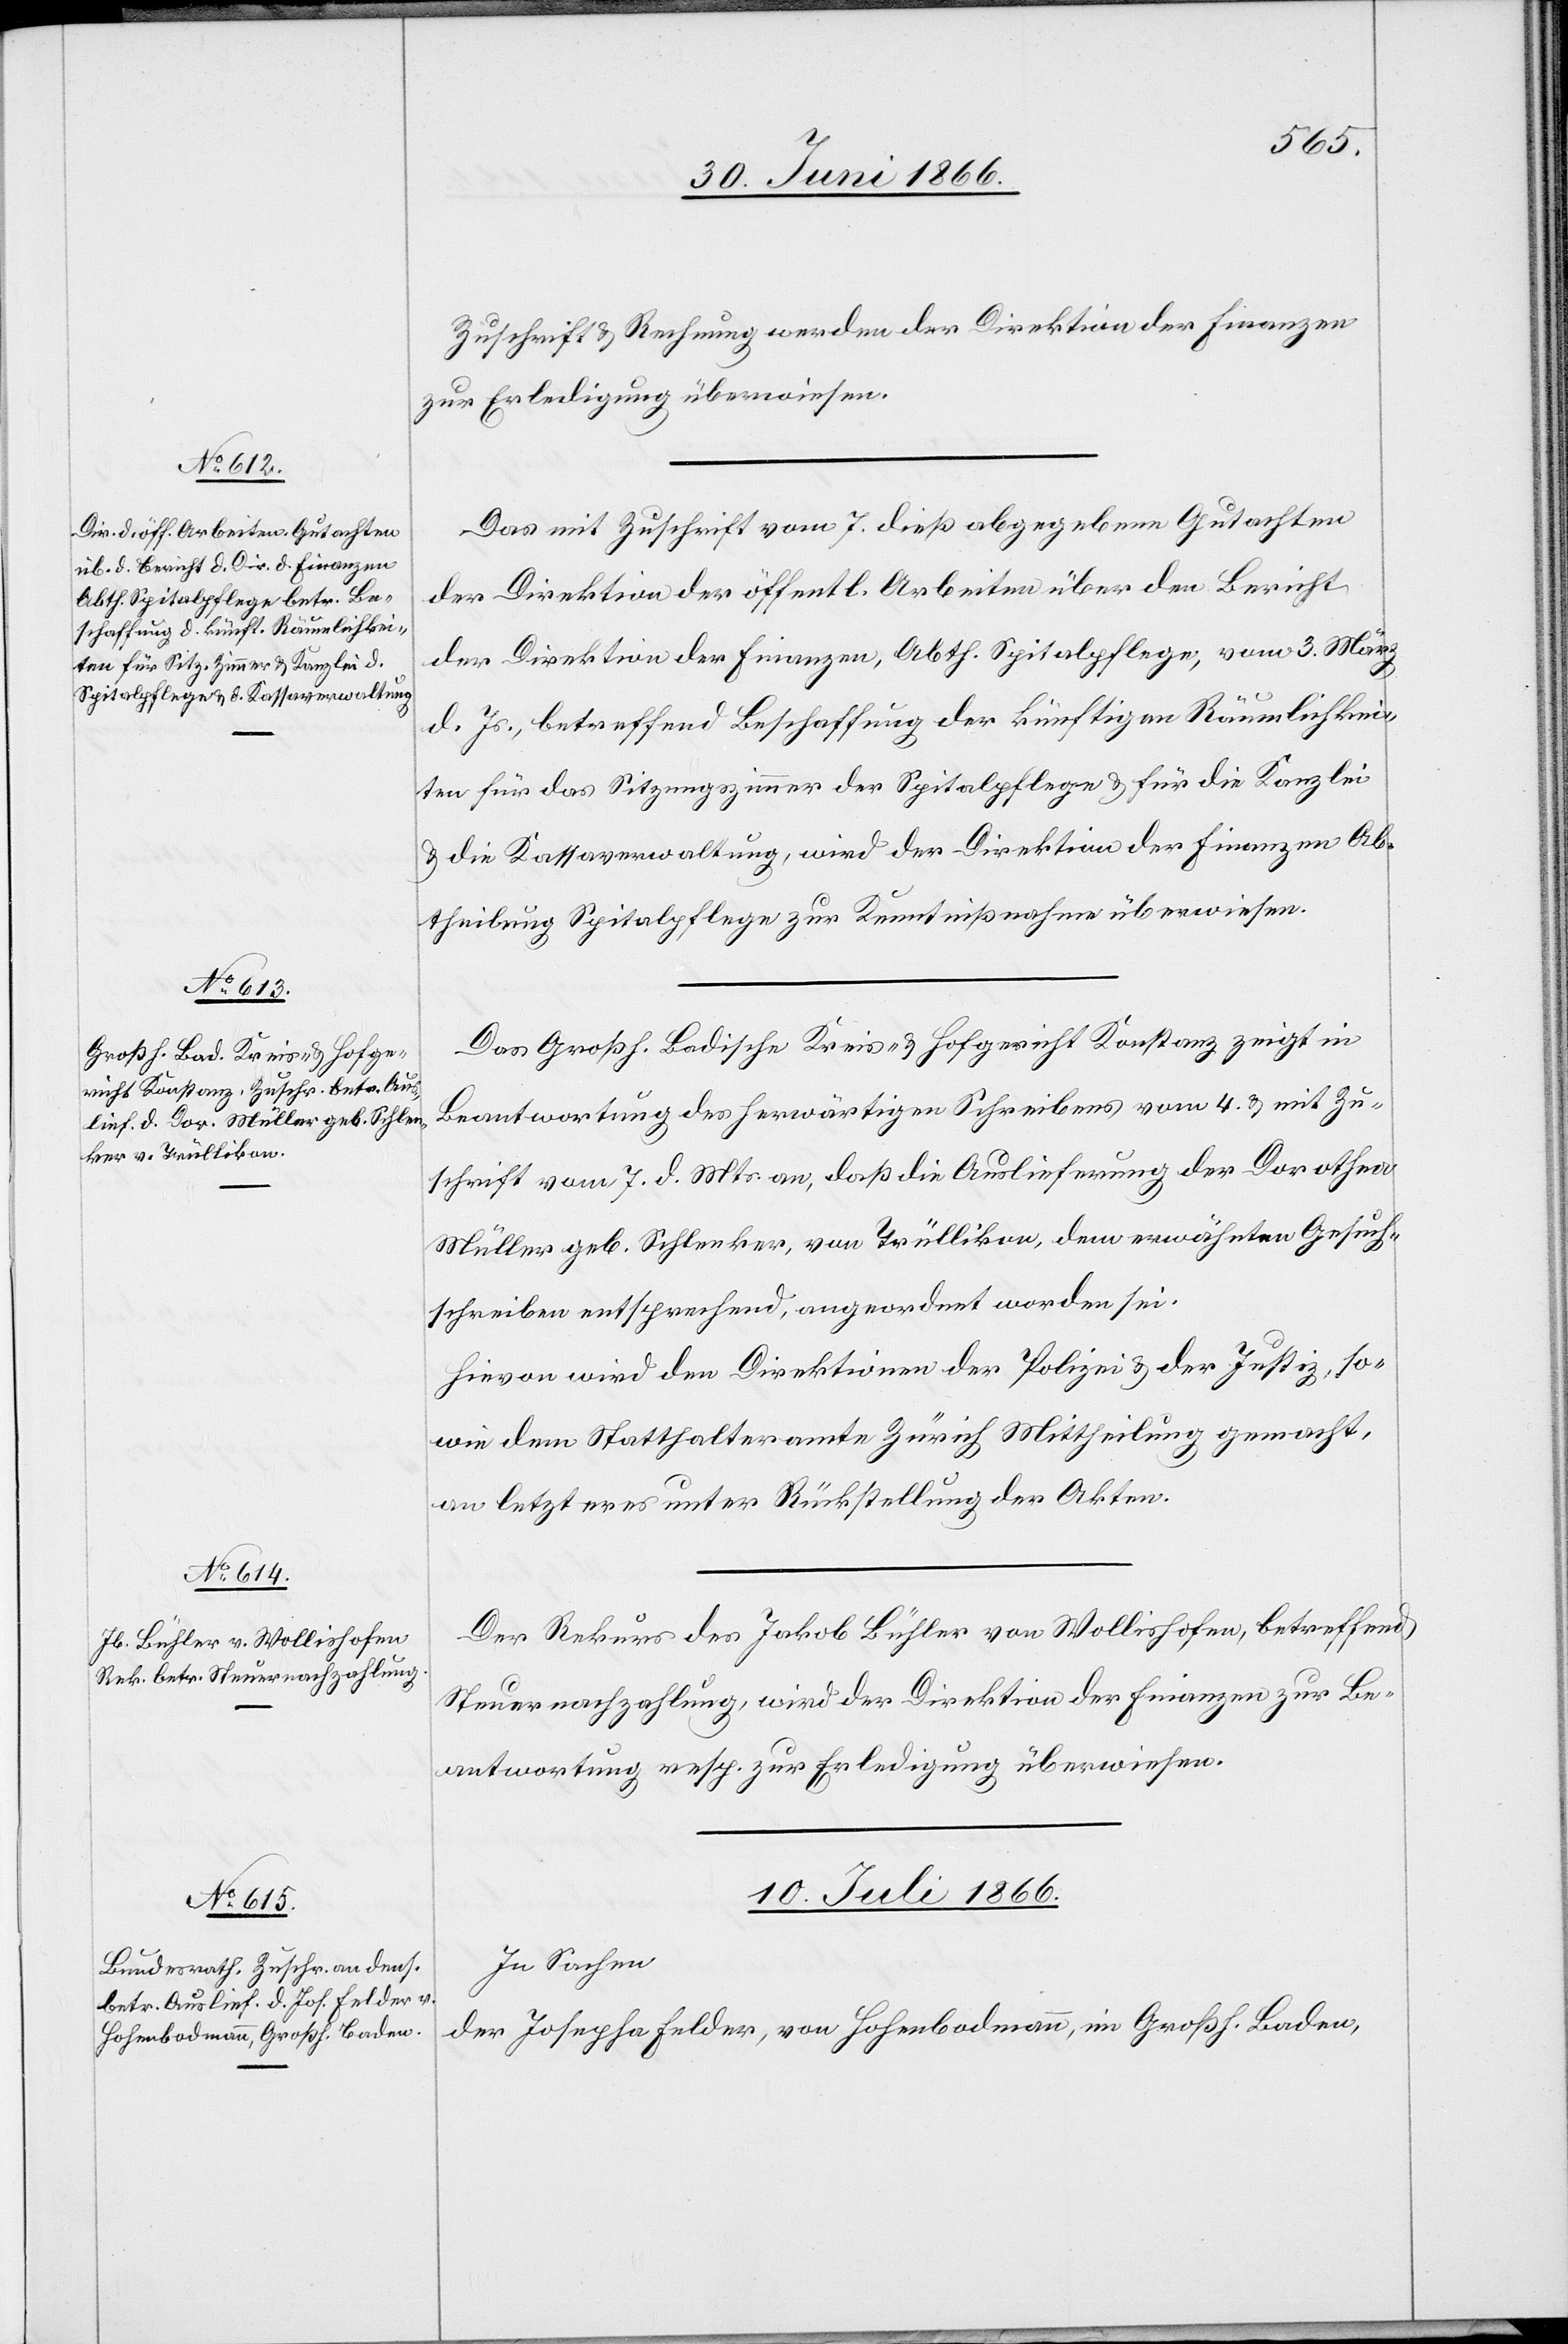
Zuschrift u. Rechnung werden der Direktion der Finanzen
zur Erledigung überwiesen.
Das mit Zuschrift vom 7. dieß abgegebene Gutachten
der Direktion der öffentl. Arbeiten über den Bericht
der Direktion der Finanzen, Abth. Spitalpflege, vom 3. März
d. Js., betreffend Beschaffung der künftigen Räumlichkei¬
ten für das Sitzungszimmer der Spitalpflege u. für die Kanzlei
u. die Kassaverwaltung, wird der Direktion der Finanzen Ab¬
theilung Spitalpflege zur Kenntnißnahme überwiesen.
Das Großh. Badische Kreis- u. Hofgericht Konstanz zeigt in
Beantwortung des herwärtigen Schreibens vom 4. u. mit Zu¬
schrift vom 7. d. Mts. an, daß die Auslieferung der Dorothea
Müller geb. Schlenker, von Trüllikon, dem erwähnten Gesuch¬
schreiben entsprechend, angeordnet worden sei.
Hievon wird den Direktionen der Polizei u. der Justiz, so¬
wie dem Statthalteramte Zürich Mittheilung gemacht,
an letzteres unter Rückstellung der Akten.
Der Rekurs des Jakob Bühler von Wollishofen, betreffend
Steuernachzahlung, wird der Direktion der Finanzen zur Be¬
antwortung resp. zur Erledigung überwiesen.
10. Juli 1866.
In Sachen
der Josepha Felder, von Hohenbodmann, im Großh. Baden